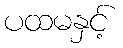
ပထမနှင့်